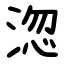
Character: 淴